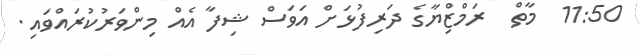
11:50  މާތް  ރަމްޒިްޔާގެ ދަރިފުޅަށް އަވަސް ޝިފާ އެއް މިންވަރުކުރައްވައި.